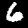
Digit: 6